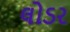
લોડર